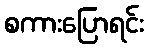
စကားပြောရင်း